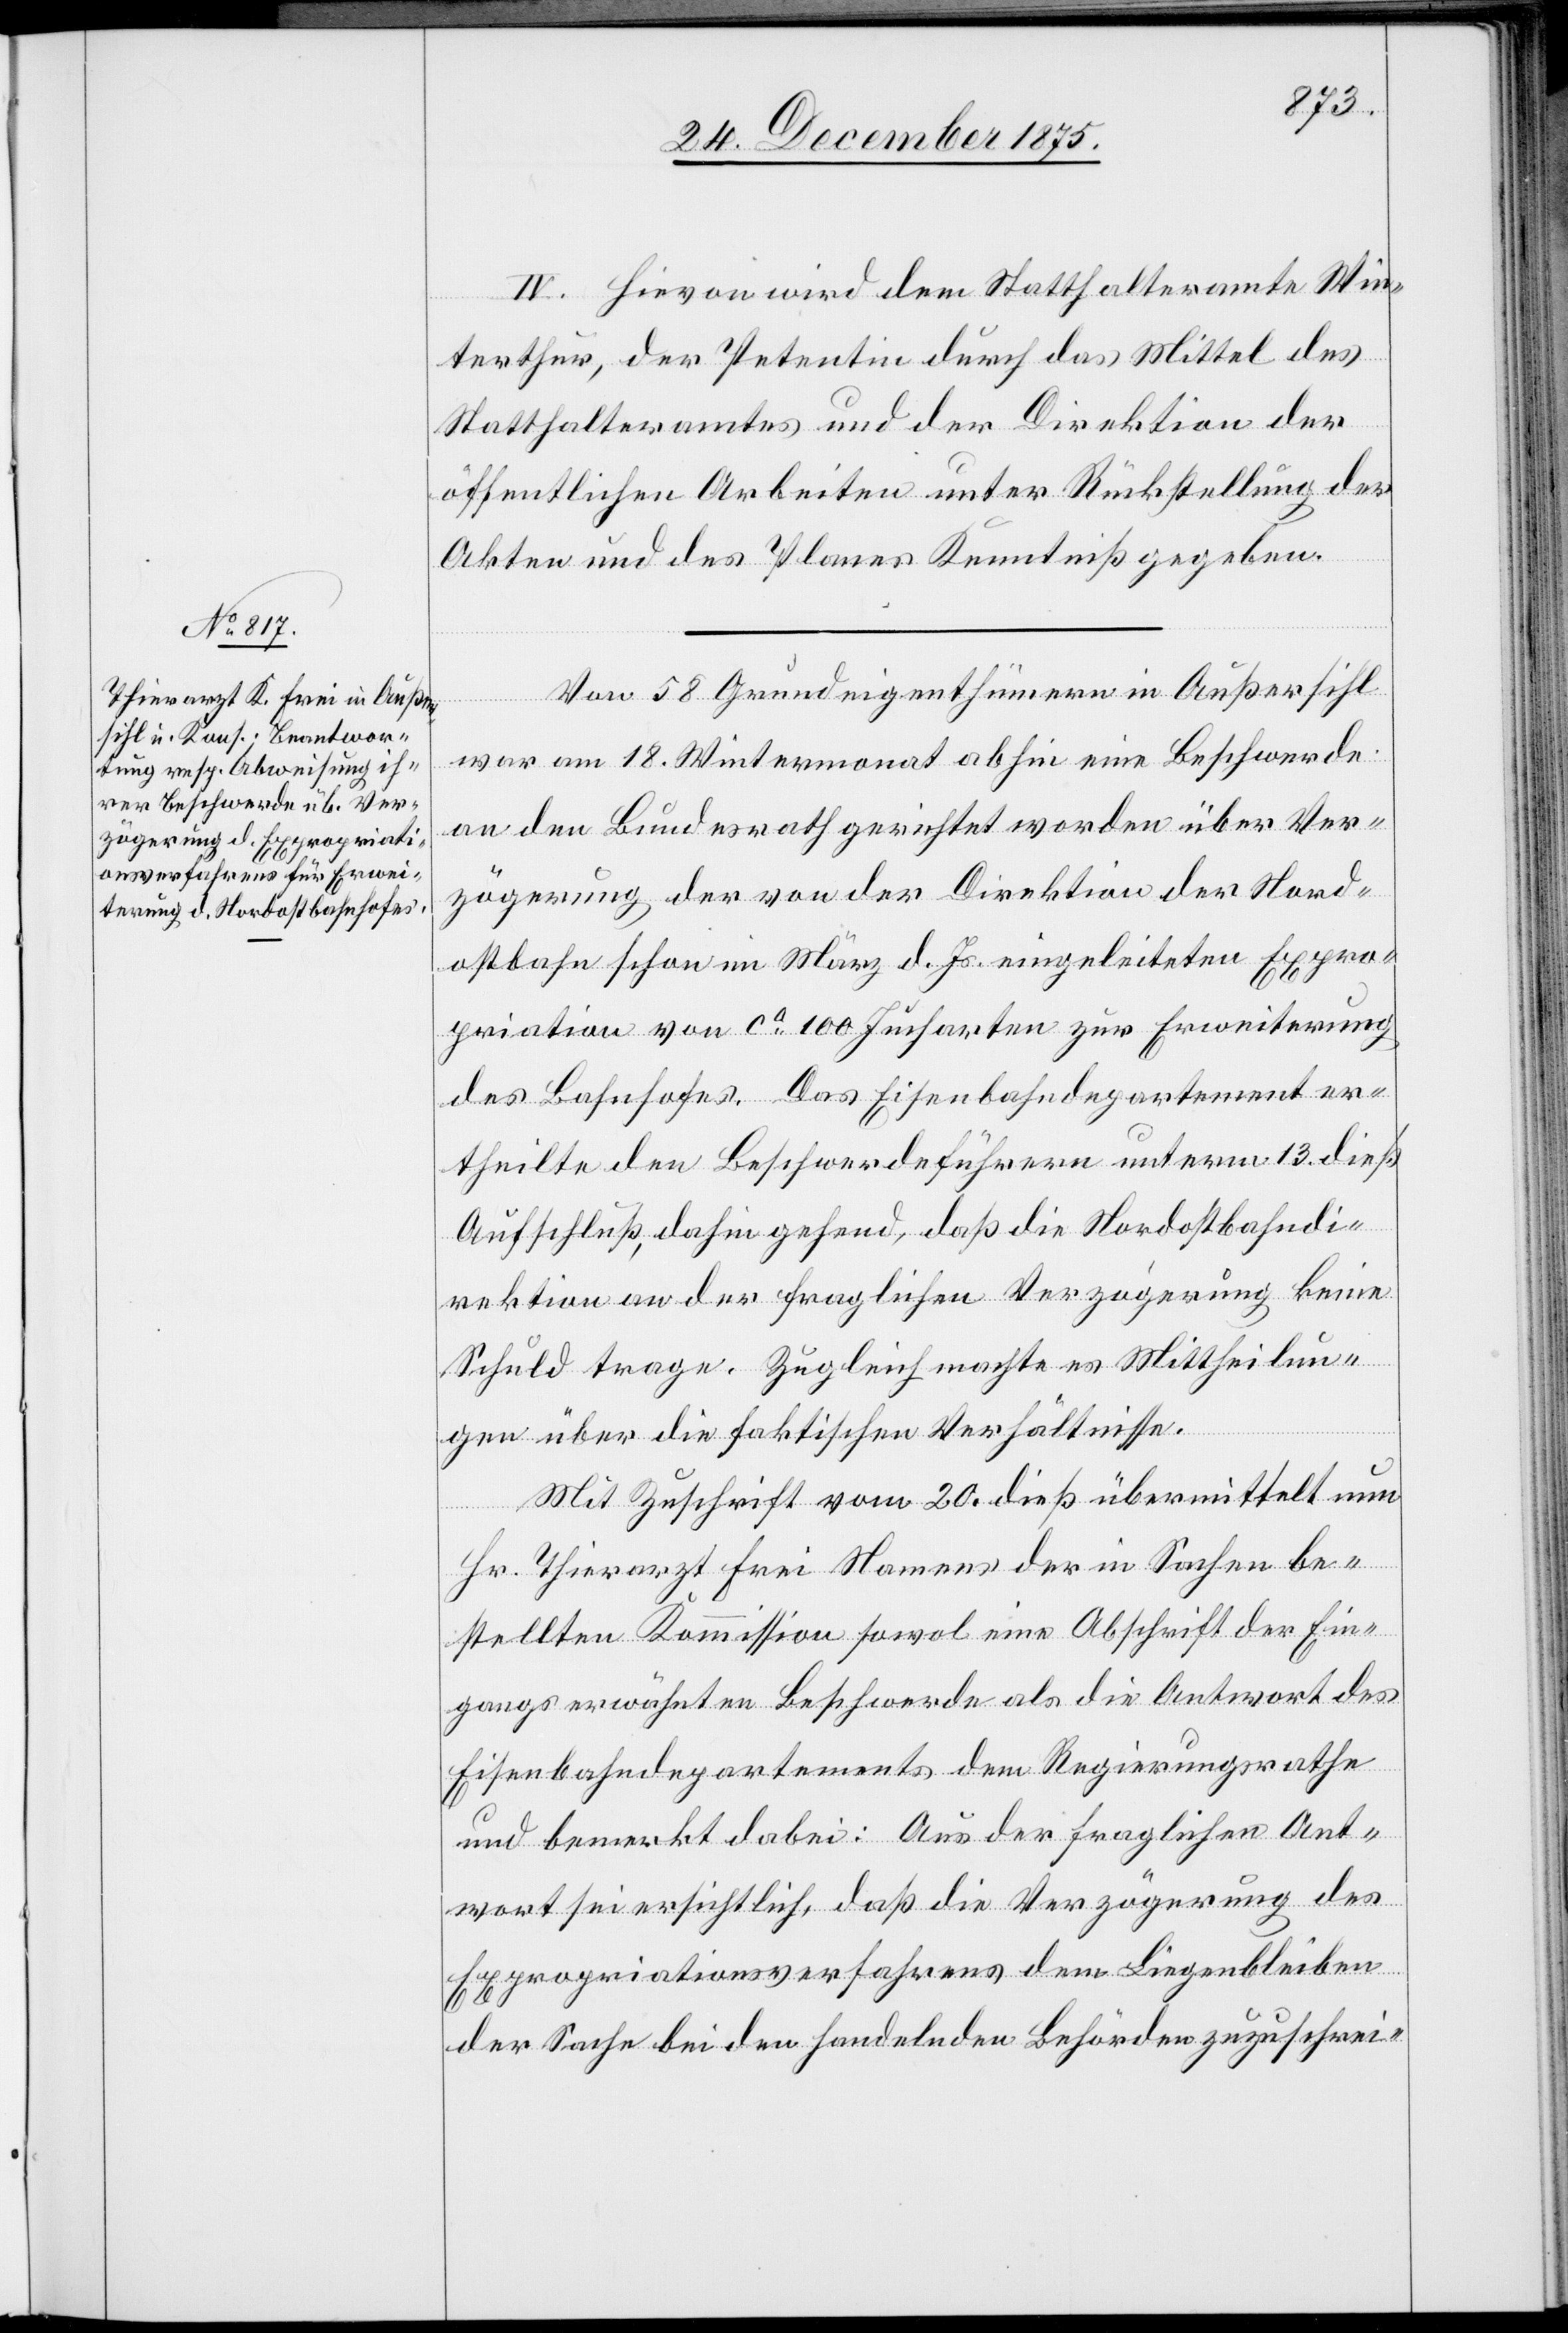
IV. Hievon wird dem Statthalteramte Win¬
terthur, der Petentin durch das Mittel des
Statthalteramtes und der Direktion der
öffentlichen Arbeiten unter Rückstellung der
Akten und des Planes Kenntniß gegeben.
Von 58 Grundeigenthümern in Außersihl
war am 18. Wintermonat abhin eine Beschwerde
an den Bundesrath gerichtet worden über Ver¬
zögerung der von der Direktion der Nord¬
ostbahn schon im März d. Js. eingeleiteten Expro¬
priation von ca 1000 Jucharten zur Erweiterung
des Bahnhofes. Das Eisenbahndepartement er¬
theilte den Beschwerdeführern unterm 13. dieß
Aufschluß, dahin gehend, daß die Nordostbahndi¬
rektion an der fraglichen Verzögerung keine
Schuld trage. Zugleich machte es Mittheilun¬
g über die faktischen Verhältnisse.
Mit Zuschrift vom 20. dieß übermittelt nun
Hr. Thierarzt Frei Namens der in Sachen be¬
stellten Kommission sowol eine Abschrift der Ein¬
gangs erwähnten Beschwerde als die Antwort des
Eisenbahndepartements dem Regierungsrathe
und bemerkt dabei: Aus der fraglichen Ant¬
wort sei ersichtlich, daß die Verzögerung des
Expropriationsverfahrens dem Liegenbleiben
der Sache bei den handelnden Behörden zuzuschrei-